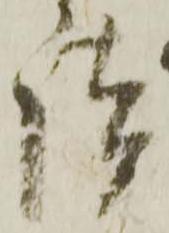
談